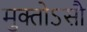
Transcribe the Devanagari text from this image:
मुक्तोऽसौ